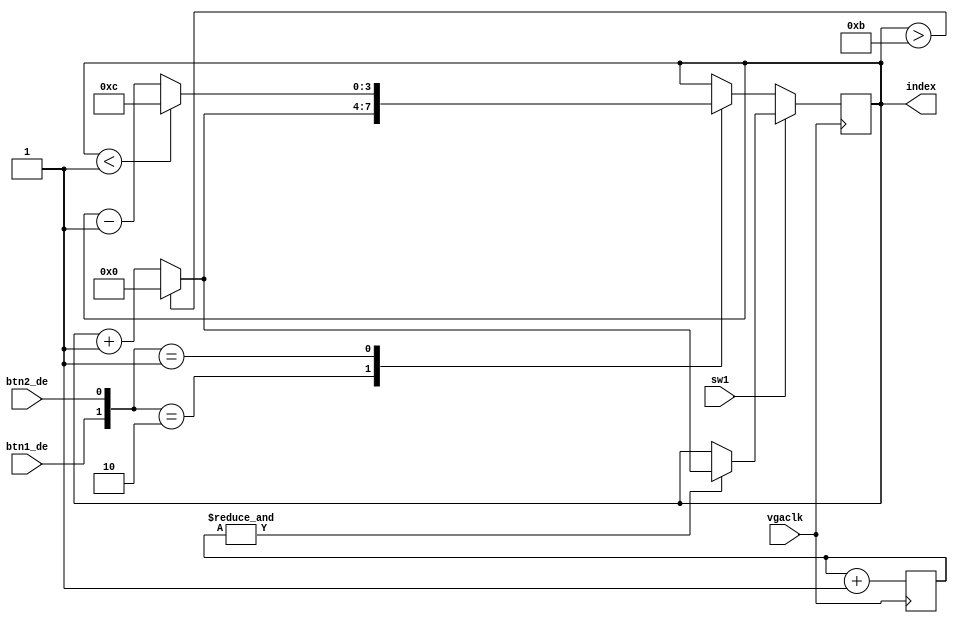
/* hongbo
	select a picture from picrom. 
	press btn2 to select previous one, press btn1 to select next one.
	switch sw1 for carton.
	0.67s per pic
*/

module selectpic(
	btn1_de, // debounced btn
	btn2_de,
	sw1, // carton
	vgaclk,
	index
);
	
	parameter totalpic = 4'd13;
	output reg [3:0] index = 4'd0;
	input wire btn1_de;
	input wire btn2_de;
	input wire vgaclk;
	input wire sw1;
	
	reg [23:0] counter; 

	always @ (posedge vgaclk) begin
	
		counter <= counter + 24'd1;
	
		if (~sw1)  // not carton mode 
			case ( {btn1_de, btn2_de} )
				2'b10: index <= ((index> (totalpic-4'd2)) ? 4'd0 : (index + 4'd1));
				
				2'b01: index <= ((index<4'd1) ? (totalpic-4'd1) : (index - 4'd1));
			
				default: index <= index;
			endcase
		else // carton mode
			if ( &counter)
				index <= ((index> (totalpic-4'd2)) ? 4'd0 : (index + 4'd1));
			else 
				index <= index;
				
	end


endmodule